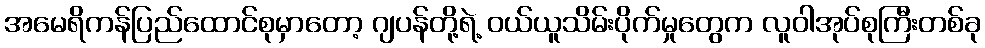
အမေရိကန်ပြည်ထောင်စုမှာတော့ ဂျပန်တို့ရဲ့ ဝယ်ယူသိမ်းပိုက်မှုတွေက လူဝါအုပ်စုကြီးတစ်ခု